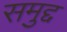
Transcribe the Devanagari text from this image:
समुद्द